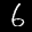
Label: 6